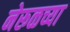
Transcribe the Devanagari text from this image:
नेरूळच्या